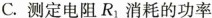
C.测定电阻R_{1}消耗的功率